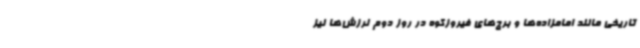
تاریخی مانند امامزاده‌ها و برج‌های فیروزکوه در روز دوم لرزش‌ها نیز